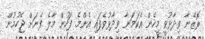
ރޮޒޭނާ ވިދާޅުވީ މިހެން އެކަމަނާ ވިދާޅުވެފައި އެންމެ ފަހުން މާލެ ފެނަށް ޖެހުމުން